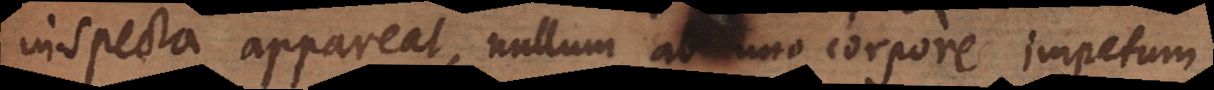
inspecta appareat, nullum ab uno corpore impetum